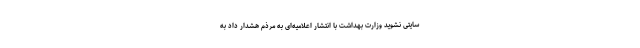
سایتی نشوید وزارت بهداشت با انتشار اعلامیه‌ای به مرذم هشدار داد به